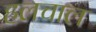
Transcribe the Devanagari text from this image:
हलचाल